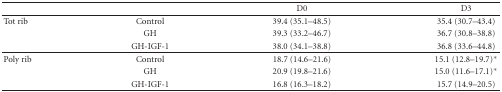
<table><thead><tr><td></td><td></td><td><b>D0</b></td><td><b>D3</b></td></tr></thead><tbody><tr><td>Tot rib</td><td>Control</td><td>39.4 (35.1–48.5)</td><td>35.4 (30.7–43.4)</td></tr><tr><td></td><td>GH</td><td>39.3 (33.2–46.7)</td><td>36.7 (30.8–38.8)</td></tr><tr><td></td><td>GH-IGF-1</td><td>38.0 (34.1–38.8)</td><td>36.8 (33.6–44.8)</td></tr><tr><td>Poly rib</td><td>Control</td><td>18.7 (14.6–21.6)</td><td>15.1 (12.8–19.7)*</td></tr><tr><td></td><td>GH</td><td>20.9 (19.8–21.6)</td><td>15.0 (11.6–17.1)*</td></tr><tr><td></td><td>GH-IGF-1</td><td>16.8 (16.3–18.2)</td><td>15.7 (14.9–20.5)</td></tr></tbody></table>